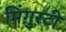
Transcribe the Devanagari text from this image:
मिंगुरटी